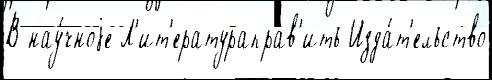
В нау́чноjе Л'ит'ератураправ'ить Изда́т'ельство